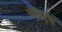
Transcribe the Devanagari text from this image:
जेविट्स